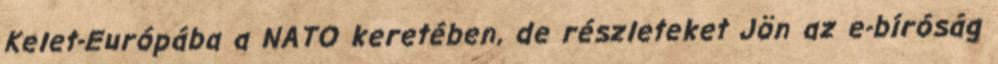
Kelet-Európába a NATO keretében, de részleteket Jön az e-bíróság